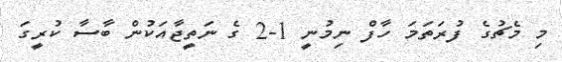
މި މެޗުގެ ފުރަތަމަ ހާފް ނިމުނީ 1-2 ގެ ނަތީޖާއަކުން ބާސާ ކުރީގަ